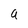
Character: a